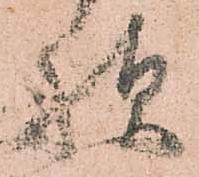
様